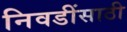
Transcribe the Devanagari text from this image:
निवडींसाठी